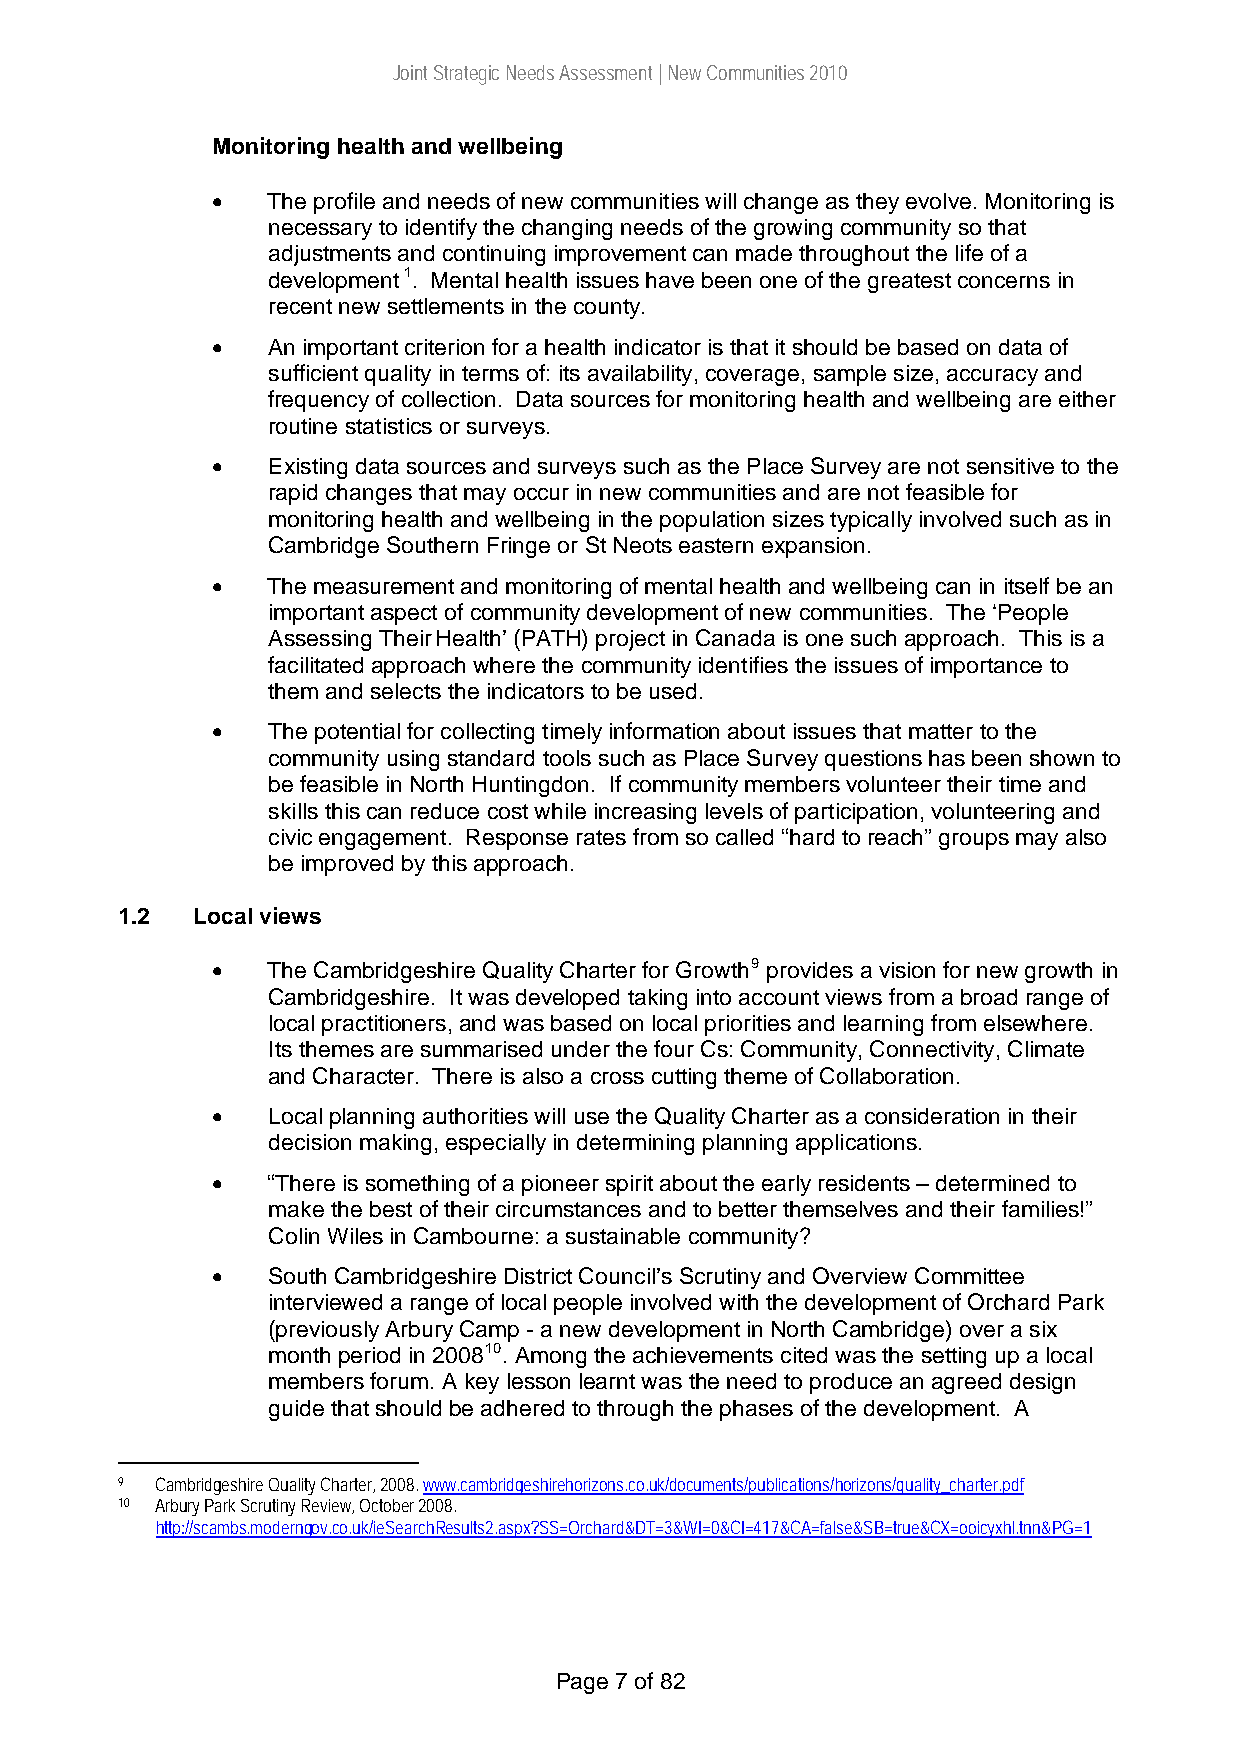
Joint Strategic Needs Assessment | New Communities 2010
 Monitoring health and wellbeing
 •   The profile and needs of new communities will change as they evolve. Monitoring is
 necessary to identify the changing needs of the growing community so that
 adjustments and continuing improvement can made throughout the life of a
 development 1. Mental health issues have been one of the greatest concerns in
 recent new settlements in the county.
 •   An important criterion for a health indicator is that it should be based on data of
 sufficient quality in terms of: its availability, coverage, sample size, accuracy and
 frequency of collection. Data sources for monitoring health and wellbeing are either
 routine statistics or surveys.
 •   Existing data sources and surveys such as the Place Survey are not sensitive to the
 rapid changes that may occur in new communities and are not feasible for
 monitoring health and wellbeing in the population sizes typically involved such as in
 Cambridge Southern Fringe or St Neots eastern expansion.
 •   The measurement and monitoring of mental health and wellbeing can in itself be an
 important aspect of community development of new communities. The ‘People
 Assessing Their Health’ (PATH) project in Canada is one such approach. This is a
 facilitated approach where the community identifies the issues of importance to
 them and selects the indicators to be used.
 •   The potential for collecting timely information about issues that matter to the
 community using standard tools such as Place Survey questions has been shown to
 be feasible in North Huntingdon. If community members volunteer their time and
 skills this can reduce cost while increasing levels of participation, volunteering and
 civic engagement. Response rates from so called “hard to reach” groups may also
 be improved by this approach.
 1.2  Local views
 •   The Cambridgeshire Quality Charter for Growth9 provides a vision for new growth in
 Cambridgeshire. It was developed taking into account views from a broad range of
 local practitioners, and was based on local priorities and learning from elsewhere.
 Its themes are summarised under the four Cs: Community, Connectivity, Climate
 and Character. There is also a cross cutting theme of Collaboration.
 •   Local planning authorities will use the Quality Charter as a consideration in their
 decision making, especially in determining planning applications.
 •   “There is something of a pioneer spirit about the early residents – determined to
 make the best of their circumstances and to better themselves and their families!”
 Colin Wiles in Cambourne: a sustainable community?
 •   South Cambridgeshire District Council’s Scrutiny and Overview Committee
 interviewed a range of local people involved with the development of Orchard Park
 (previously Arbury Camp - a new development in North Cambridge) over a six
 month period in 200810. Among the achievements cited was the setting up a local
 members forum. A key lesson learnt was the need to produce an agreed design
 guide that should be adhered to through the phases of the development. A
 9 Cambridgeshire Quality Charter, 2008. www.cambridgeshirehorizons.co.uk/documents/publications/horizons/quality_charter.pdf
 10 Arbury Park Scrutiny Review, October 2008.
 http://scambs.moderngov.co.uk/ieSearchResults2.aspx?SS=Orchard&DT=3&WI=0&CI=417&CA=false&SB=true&CX=ooicyxhl.tnn&PG=1
 Page 7 of 82